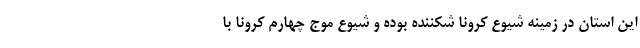
این استان در زمینه شیوع کرونا شکننده بوده و شیوع موج چهارم کرونا با